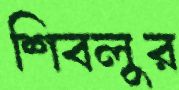
শিবলুর